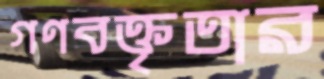
গণবক্তৃতার